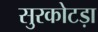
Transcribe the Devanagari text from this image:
सुरकोटड़ा